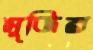
সুজির